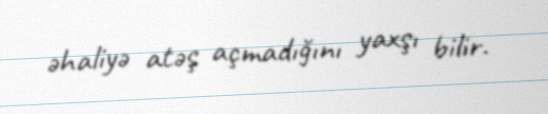
əhaliyə atəş açmadığını yaxşı bilir.